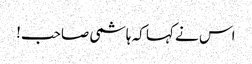
اس نے کہا کہ ہاشمی صاحب!